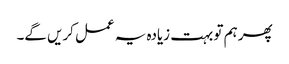
پھر ہم تو بہت زیادہ یہ عمل کریں گے۔